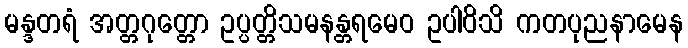
မန္ဒတရံ အတ္တဂုတ္တော ဥပ္ပတ္တိသမနန္တရမေဝ ဥပါဝိသိ ကတပုညနာမေန